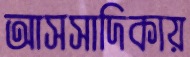
আসসাদিকায়